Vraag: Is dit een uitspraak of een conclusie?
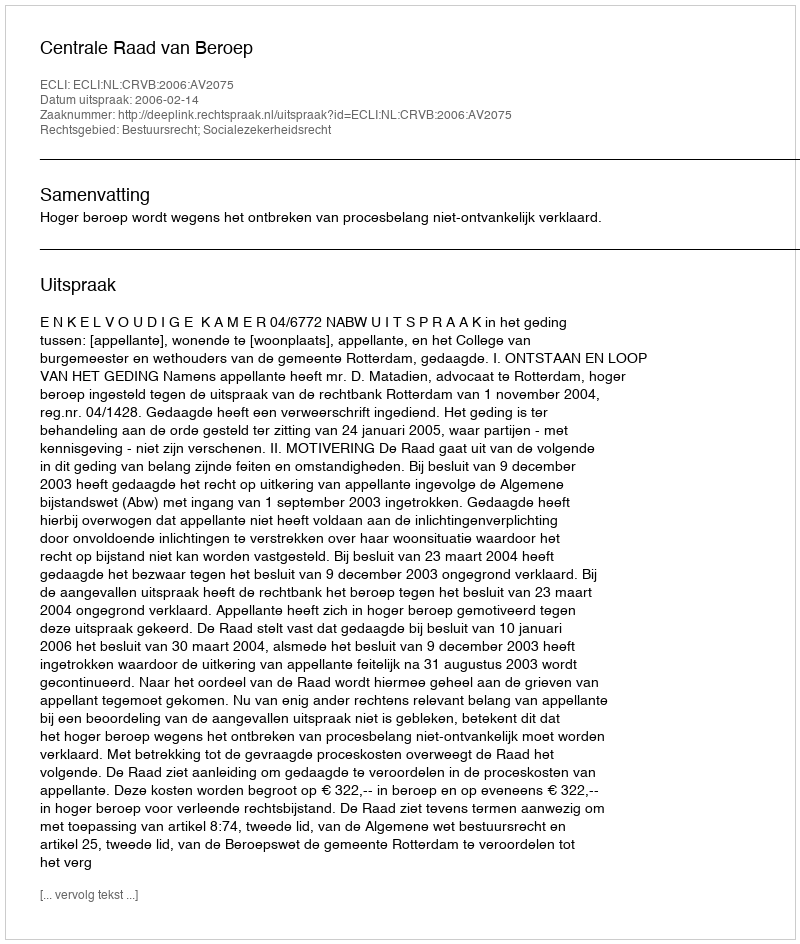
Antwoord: Uitspraak